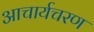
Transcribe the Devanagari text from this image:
आचार्यचरण